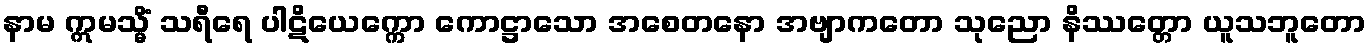
နာမ ဣမသ္မိံ သရီရေ ပါဋိယေက္ကော ကောဋ္ဌာသော အစေတနော အဗျာကတော သုညော နိဿတ္တော ယူသဘူတော